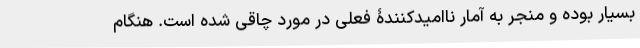
بسیار بوده و منجر به آمار ناامیدکنندۀ فعلی در مورد چاقی شده است. هنگام